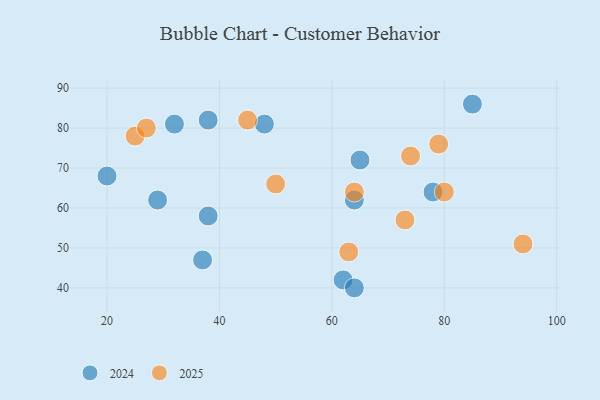
{"axis": {"x": "GDP", "y": "Life Expectancy"}, "legend": ["2024", "2025"], "data": [{"x": "79", "y": 76, "type": "2025"}, {"x": "73", "y": 57, "type": "2025"}, {"x": "63", "y": 49, "type": "2025"}, {"x": "45", "y": 82, "type": "2025"}, {"x": "74", "y": 73, "type": "2025"}, {"x": "50", "y": 66, "type": "2025"}, {"x": "64", "y": 64, "type": "2025"}, {"x": "94", "y": 51, "type": "2025"}, {"x": "25", "y": 78, "type": "2025"}, {"x": "80", "y": 64, "type": "2025"}, {"x": "27", "y": 80, "type": "2025"}, {"x": "37", "y": 47, "type": "2024"}, {"x": "78", "y": 64, "type": "2024"}, {"x": "62", "y": 42, "type": "2024"}, {"x": "29", "y": 62, "type": "2024"}, {"x": "48", "y": 81, "type": "2024"}, {"x": "85", "y": 86, "type": "2024"}, {"x": "65", "y": 72, "type": "2024"}, {"x": "64", "y": 40, "type": "2024"}, {"x": "20", "y": 68, "type": "2024"}, {"x": "38", "y": 82, "type": "2024"}, {"x": "32", "y": 81, "type": "2024"}, {"x": "38", "y": 58, "type": "2024"}, {"x": "64", "y": 62, "type": "2024"}]}